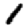
Digit: 1